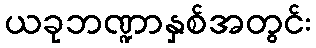
ယခုဘဏ္ဍာနှစ်အတွင်း